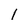
Character: 1